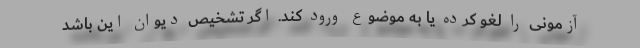
آزمونی را لغو کرده یا به موضوع ورود کند. اگر تشخیص دیوان این باشد